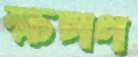
ক্ষপণ